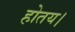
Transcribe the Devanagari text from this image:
होतय।